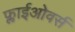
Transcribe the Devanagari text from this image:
फ्लाईओवर्स